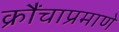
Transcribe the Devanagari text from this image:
क्रौंचाप्रमाणे